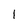
Character: 1